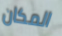
المكان